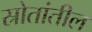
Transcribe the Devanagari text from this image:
स्रोतांतील